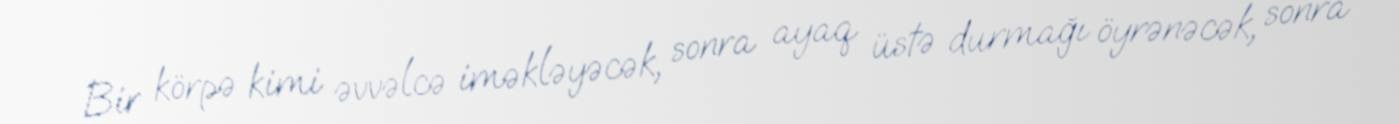
Bir körpə kimi əvvəlcə iməkləyəcək, sonra ayaq üstə durmağı öyrənəcək, sonra